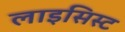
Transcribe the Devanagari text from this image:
लाइसिस्ट